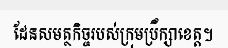
ដែនសមត្ថកិច្ចរបស់ក្រុមប្រឹក្សាខេត្ត។